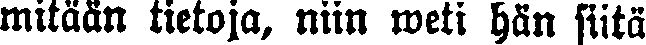
mitään tietoja, niin weti hän siitä